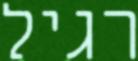
רגיל